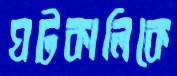
ঘটকালিকে